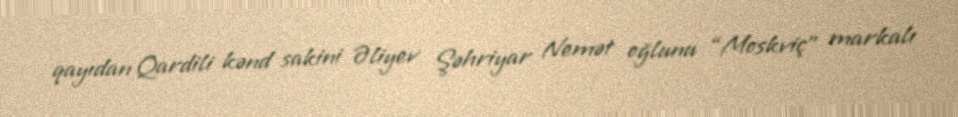
qayıdan Qardili kənd sakini Əliyev Şəhriyar Nemət oğlunu “Moskviç” markalı